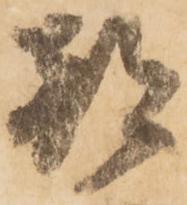
都